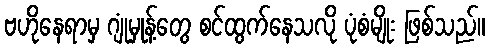
ဗဟိုနေရာမှ ဂျုံမှုန့်တွေ စင်ထွက်နေသလို ပုံစံမျိုး ဖြစ်သည်။